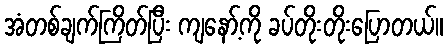
အံတစ်ချက်ကြိတ်ပြီး ကျနော့်ကို ခပ်တိုးတိုးပြောတယ်။